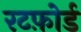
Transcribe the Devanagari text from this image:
रटफ़ोर्ड